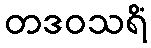
တဒဝသရိံ